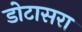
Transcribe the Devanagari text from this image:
डोटासरा